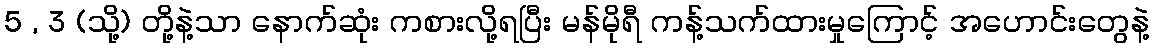
5 , 3 (သို့) တို့နဲ့သာ နောက်ဆုံး ကစားလို့ရပြီး မန်မိုရီ ကန့်သက်ထားမှုကြောင့် အဟောင်းတွေနဲ့